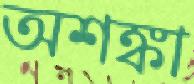
অশঙ্কা